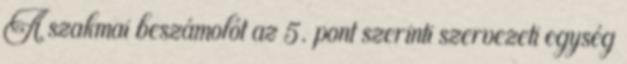
A szakmai beszámolót az 5. pont szerinti szervezeti egység